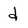
Character: d